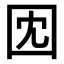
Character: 𫭃